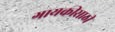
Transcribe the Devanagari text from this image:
गायकीसाठी